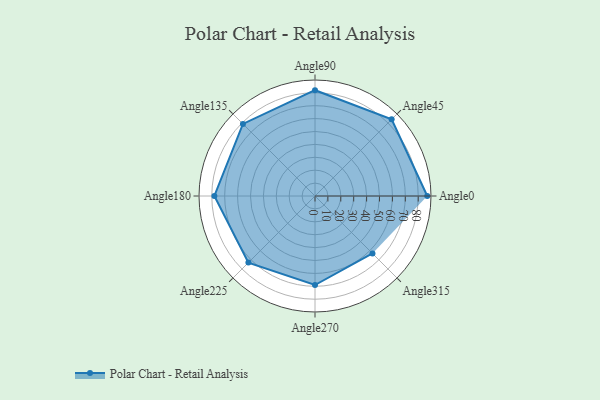
{"axis": {"x": "Angle", "y": "Radius"}, "legend": [""], "data": [{"x": "Angle0", "y": 87.0, "type": ""}, {"x": "Angle45", "y": 84.0, "type": ""}, {"x": "Angle90", "y": 82.0, "type": ""}, {"x": "Angle135", "y": 79.0, "type": ""}, {"x": "Angle180", "y": 78.0, "type": ""}, {"x": "Angle225", "y": 73.0, "type": ""}, {"x": "Angle270", "y": 69.0, "type": ""}, {"x": "Angle315", "y": 63.0, "type": ""}]}